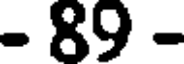
- 89 -